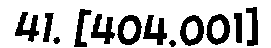
41. [404.001]